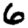
Digit: 6